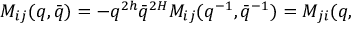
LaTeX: M _ { i j } ( q , \bar { q } ) = - q ^ { 2 h } \bar { q } ^ { 2 H } M _ { i j } ( q ^ { - 1 } , \bar { q } ^ { - 1 } ) = M _ { j i } ( q ,